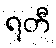
ရတီ